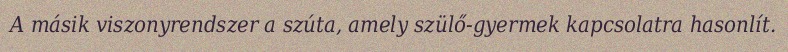
A másik viszonyrendszer a szúta, amely szülő-gyermek kapcsolatra hasonlít.